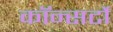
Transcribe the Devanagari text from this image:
कॉन्सर्टो